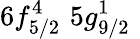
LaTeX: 6f_{5/2}^{4}\, \, 5g_{9/2}^{1}\, \,